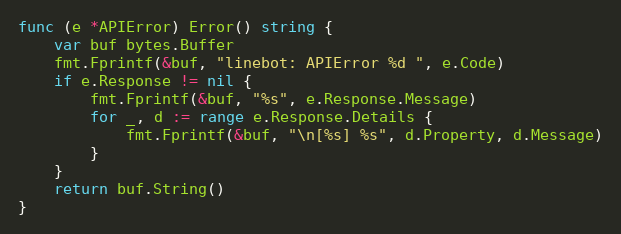
Language: Go
func (e *APIError) Error() string {
	var buf bytes.Buffer
	fmt.Fprintf(&buf, "linebot: APIError %d ", e.Code)
	if e.Response != nil {
		fmt.Fprintf(&buf, "%s", e.Response.Message)
		for _, d := range e.Response.Details {
			fmt.Fprintf(&buf, "\n[%s] %s", d.Property, d.Message)
		}
	}
	return buf.String()
}